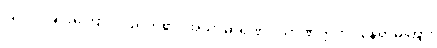
ပြုလုပ်ခြင်းကြောင့် ပညတ်၏၊ အသာဓာရဏ။ သာဏတ္တိက။ နေရာမကြား